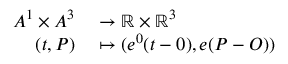
\begin{array} { r l } { A ^ { 1 } \times A ^ { 3 } } & { { } \to \mathbb R \times \mathbb R ^ { 3 } } \\ { ( t , P ) } & { { } \mapsto ( e ^ { 0 } ( t - 0 ) , e ( P - O ) ) } \end{array}